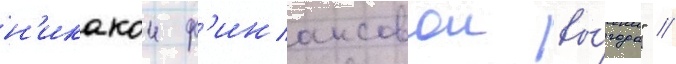
н'икакои ф'инансовои вы́годы" //